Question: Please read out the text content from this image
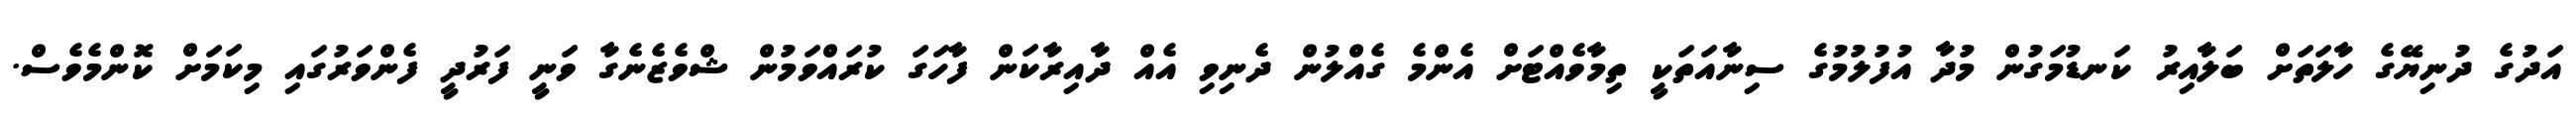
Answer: އަދުގެ ދުނިޔޭގެ ހާލަތަށް ބަލާއިރު ކަނޑުމަގުން މުދާ އުފުލުމުގެ ސިނާއަތަކީ ތިމާވެއްޓަށް އެންމެ ގެއްލުން ދެނިވި އެއް ދާއިރާކަން ފާހަގަ ކުރައްވަމުން ޝްވެޒެނެގާ ވަނީ ފަރުދީ ފެންވަރުގައި މިކަމަށް ކޮންމެވެސް.